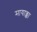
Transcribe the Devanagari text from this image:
मायाक्का